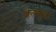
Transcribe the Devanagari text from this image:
अल्युवा